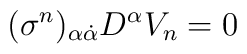
(\sigma^{n})_{\alpha \dot{\alpha}}D^{\alpha}V_{n} = 0